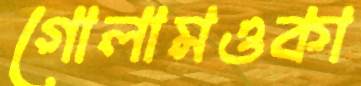
গোলামওকা